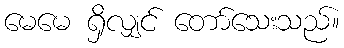
မေမေ ရှိလျှင် တော်သေးသည်။